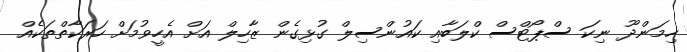
ހިމަންދޫ ނިކަ ސްޕޯޓްސް ކްލަބާއި ކައުންސިލް ގުޅިގެން ޒާހިލް އަށް އެހީވުމަށް ހަރަކާތްތަކެއް